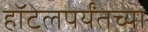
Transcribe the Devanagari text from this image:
हॉटेलपर्यंतच्या